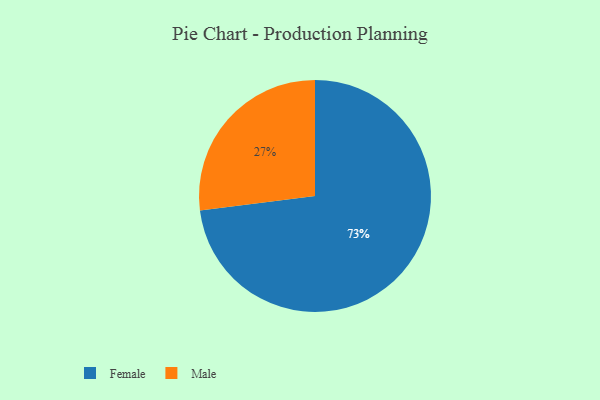
{"axis": {"x": "Category", "y": "Percentage"}, "legend": ["Female", "Male"], "data": [{"x": "Female", "y": 73, "type": "Female"}, {"x": "Male", "y": 27, "type": "Male"}]}